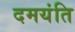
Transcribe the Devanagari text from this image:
दमयंति